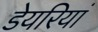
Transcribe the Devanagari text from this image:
डेयरियां